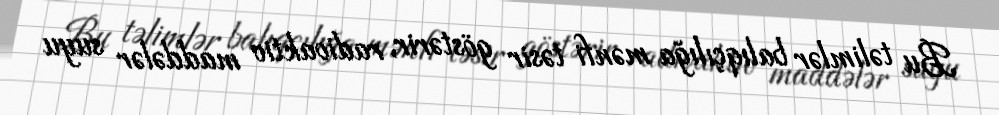
Bu təlimlər balıqçılığa mənfi təsir göstərir, radioaktiv maddələr suyu